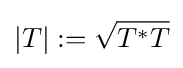
|T|:={\sqrt {T^{*}T}}